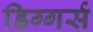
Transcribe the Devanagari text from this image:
डिग्गर्स